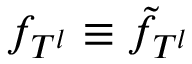
f _ { T ^ { l } } \equiv \tilde { f } _ { T ^ { l } }